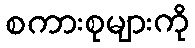
စကားစုများကို